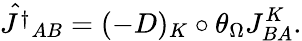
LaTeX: \hat{J^{\dagger}}_{AB}=(-D)_{K}\circ\theta_{\Omega}J_{BA}^{K}.